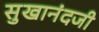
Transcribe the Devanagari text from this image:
सुखानंदजी